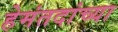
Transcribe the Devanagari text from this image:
हेमंतदांच्या